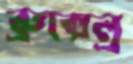
ব্রুক্সেল্র